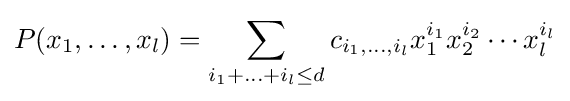
P(x_{1},\ldots ,x_{l})=\sum \limits _{i_{1}+\ldots +i_{l}\leq d}c_{i_{1},\ldots ,i_{l}}x_{1}^{i_{1}}x_{2}^{i_{2}}\cdots x_{l}^{i_{l}}